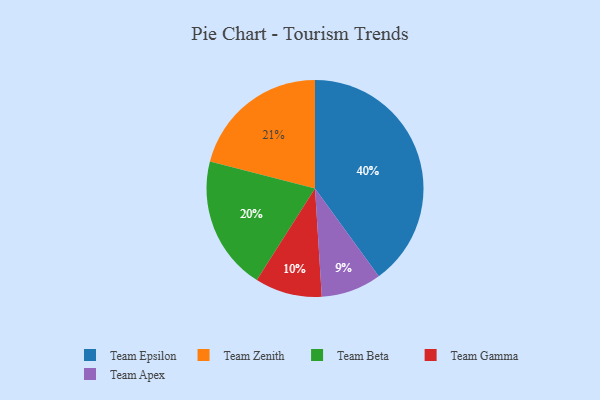
{"axis": {"x": "Category", "y": "Percentage"}, "legend": ["Team Apex", "Team Beta", "Team Epsilon", "Team Gamma", "Team Zenith"], "data": [{"x": "Team Apex", "y": 9, "type": "Team Apex"}, {"x": "Team Gamma", "y": 10, "type": "Team Gamma"}, {"x": "Team Zenith", "y": 21, "type": "Team Zenith"}, {"x": "Team Beta", "y": 20, "type": "Team Beta"}, {"x": "Team Epsilon", "y": 40, "type": "Team Epsilon"}]}